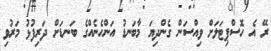
ރޭ އެ ހޮސްޕިޓަލަށް ވިއްސަން ގެންދިޔަ މާބަނޑު އަންހެނެއްގެ ބަނޑަށް ދަރިފުޅު މަރުވި